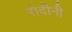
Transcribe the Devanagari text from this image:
रोदीनी